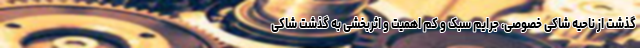
گذشت از ناحیه شاکی خصوصی، جرایم سبک و کم اهمیت و اثربخشی به گذشت شاکی